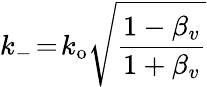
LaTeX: k_{-}\! =\! k_{\mathrm{o}}\sqrt{\frac{1-\beta_{v}}{1+\beta_{v}}}